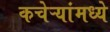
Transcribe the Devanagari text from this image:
कचेऱ्यांमध्ये